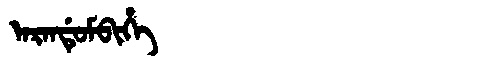
Manchu: ᠠᡵᠠᠨᡩᡠᠮᠪᡳᡥᡝ
Romanization: ARANDUMBIHE